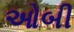
ઓબી